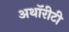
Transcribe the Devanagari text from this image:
अथॉरीटी